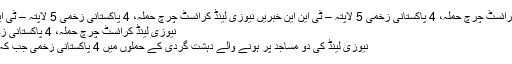
نیوزی لینڈ کرائسٹ چرچ حملہ، 4 پاکستانی زخمی 5 لاپتہ – ٹی این این خبریں نیوزی لینڈ کرائسٹ چرچ حملہ، 4 پاکستانی زخمی 5 لاپتہ – ٹی این این خبریں
نیوزی لینڈ کرائسٹ چرچ حملہ، 4 پاکستانی زخمی 5 لاپتہ
نیوزی لینڈ کی دو مساجد پر ہونے والے دہشت گردی کے حملوں میں 4 پاکستانی زخمی جب کہ 5 لاپتہ ہیں۔